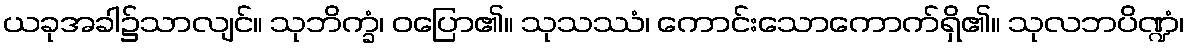
ယခုအခါ၌သာလျင်။ သုဘိက္ခံ၊ ဝပြော၏။ သုသဿံ၊ ကောင်းသောကောက်ရှိ၏။ သုလဘပိဏ္ဍံ၊